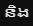
និង